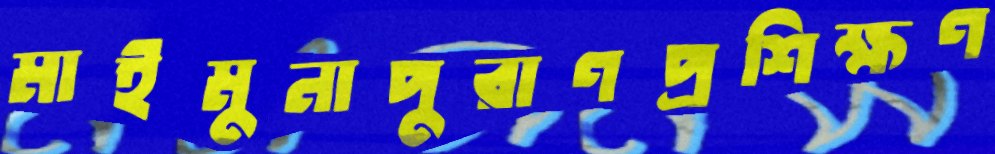
মাইমুনাপুরাণপ্রশিক্ষণ